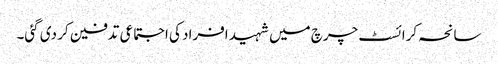
سانحہ کرائسٹ چرچ میں شہید افراد کی اجتماعی تدفین کر دی گئی۔